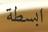
ابسطة